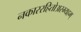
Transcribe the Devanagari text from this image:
नकाररहितोअस्म्यहम्